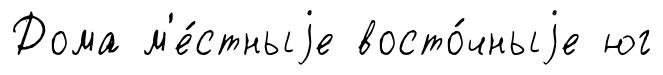
Дома м'е́стныjе восто́чныjе юг